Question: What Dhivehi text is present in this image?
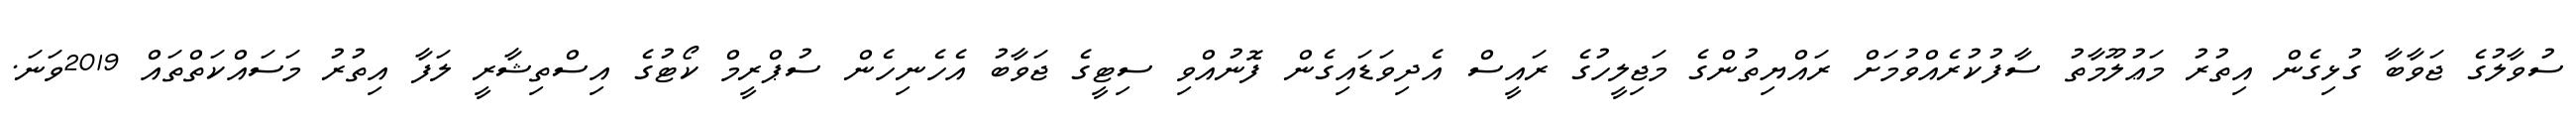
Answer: ސުވާލުގެ ޖަވާބާ ގުޅިގެން އިތުރު މަޢުލޫމާތު ސާފުކުރެއްވުމަށް ރައްޔިތުންގެ މަޖިލީހުގެ ރައީސް އެދިވަޑައިގެން ފޮނުއްވި ސިޓީގެ ޖަވާބު އެހެނިހެން ސުޕްރީމް ކޯޓުގެ އިސްތިޝާރީ ލަފާ އިތުރު މަސައްކަތްތައް 2019ވަނަ.